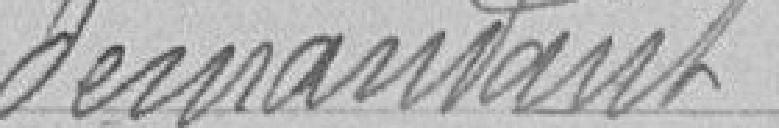
demandant